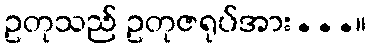
ဥတုသည် ဥတုဇရုပ်အား...။